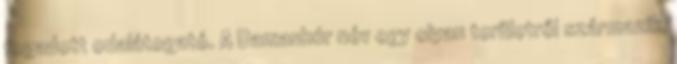
fogadott odalátogató. A Damanhúr név egy olyan területről származik,